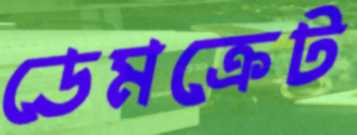
ডেমক্রেট